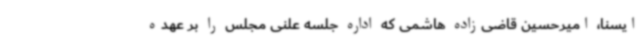
ایسنا، امیرحسین قاضی‌زاده هاشمی که اداره جلسه علنی مجلس را بر عهده